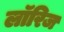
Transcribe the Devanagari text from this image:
लॉरिज